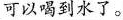
可以喝到水了。